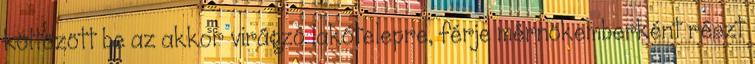
költözött be az akkor virágzó lakótelepre, férje mérnökemberként részt